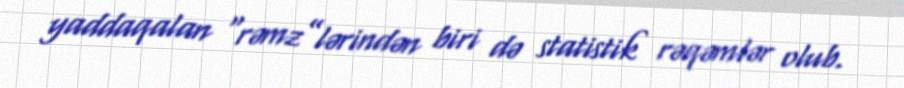
yaddaqalan “rəmz”lərindən biri də statistik rəqəmlər olub.